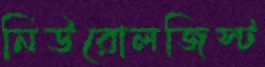
নিউরোলজিস্ট